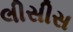
લીસીસ